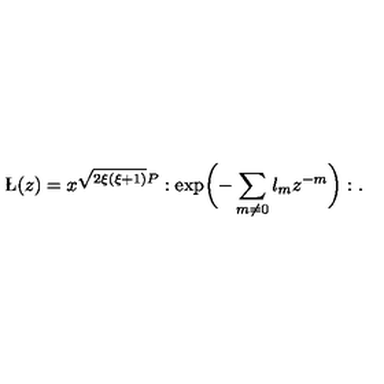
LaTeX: \L ( z ) = x ^ { \sqrt { 2 \xi ( \xi + 1 ) } P } : \exp \biggl ( - \sum _ { m \ne 0 } \l _ { m } z ^ { - m } \biggr ) : .